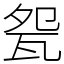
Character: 㼝